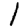
Digit: 1